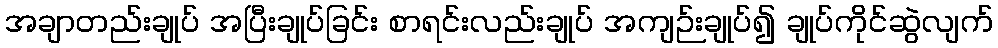
အချာတည်းချုပ် အပြီးချုပ်ခြင်း စာရင်းလည်းချုပ် အကျဉ်းချုပ်၍ ချုပ်ကိုင်ဆွဲလျက်